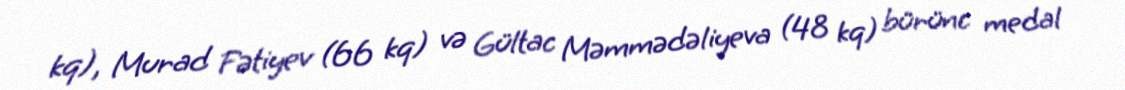
kq), Murad Fətiyev (66 kq) və Gültac Məmmədəliyeva (48 kq) bürünc medal